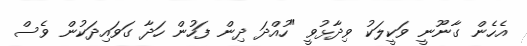
އެހެން ގާނޫނީ ވަކީލަކު ވިދާޅުވީ "ހުއްދަ ދިން ފަހުން ހަދާ ގަވައިދަކުން ވެސް